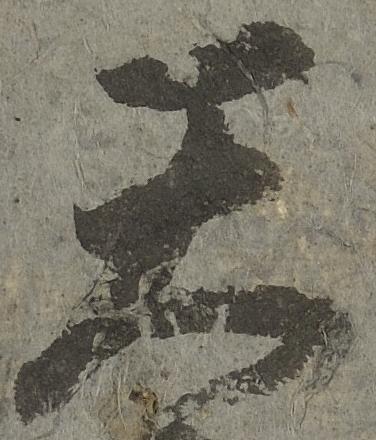
天